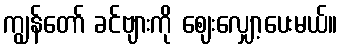
ကျွန်တော် ခင်ဗျားကို ဈေးလျှော့ပေးမယ်။